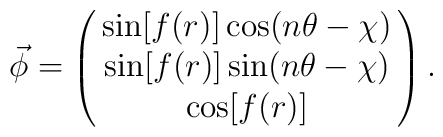
\vec{\phi}=\left(\matrix{\sin[f(r)]\cos(n\theta-\chi)\cr\sin[f(r)]\sin(n\theta-\chi)\cr\cos[f(r)]\cr}\right).